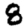
Digit: 8